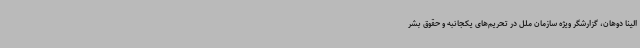
الینا دوهان، گزارشگر ویژه سازمان ملل در تحریم‌های یکجانبه و حقوق بشر